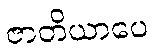
ဇာတိယာပေ